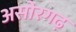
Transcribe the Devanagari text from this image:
असोरगढ़